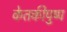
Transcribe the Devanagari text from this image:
केतकीपुष्प